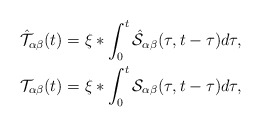
\begin{align*}\mathcal{\hat{T}}_{\alpha\beta}(t) & =\xi*\int_{0}^{t}\hat{\mathcal{S}}_{\alpha\beta}(\tau,t-\tau)d\tau,\\\mathcal{T}_{\alpha\beta}(t) & =\xi*\int_{0}^{t}\mathcal{S}_{\alpha\beta}(\tau,t-\tau)d\tau,\end{align*}